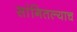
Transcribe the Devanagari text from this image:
सांगितल्याच